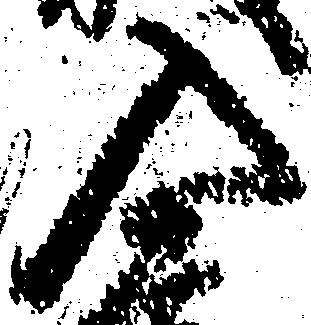
入